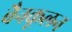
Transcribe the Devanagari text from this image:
बैनकूलन